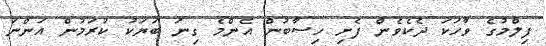
ފިލްމުގެ ވާހަކަ ދެކެވެން ފެށި ހިސާބުން އެންމެ ގިނަ ބަޔަކު ކުރަމުން އަންނަ